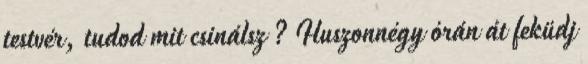
testvér, tudod mit csinálsz ? Huszonnégy órán át feküdj